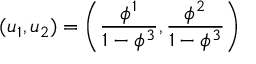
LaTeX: ( u _ { 1 } , u _ { 2 } ) = \left( \frac { \phi ^ { 1 } } { 1 - \phi ^ { 3 } } , \frac { \phi ^ { 2 } } { 1 - \phi ^ { 3 } } \right)